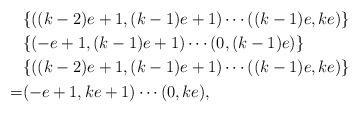
LaTeX: \begin{align*} &\{((k-2)e+1,(k-1)e+1)\cdots ((k-1)e,ke)\}\\ & \{(-e+1, (k-1)e+1)\cdots (0,(k-1)e)\}\\& \{((k-2)e+1,(k-1)e+1)\cdots ((k-1)e,ke)\}\\=&(-e+1, ke+1)\cdots (0,ke),\end{align*}